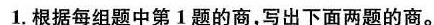
1.根据每组题中第1题的商，写出下面两题的商。